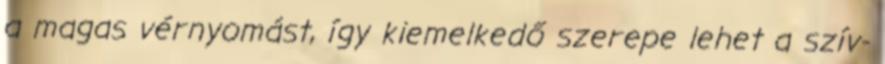
a magas vérnyomást, így kiemelkedő szerepe lehet a szív-